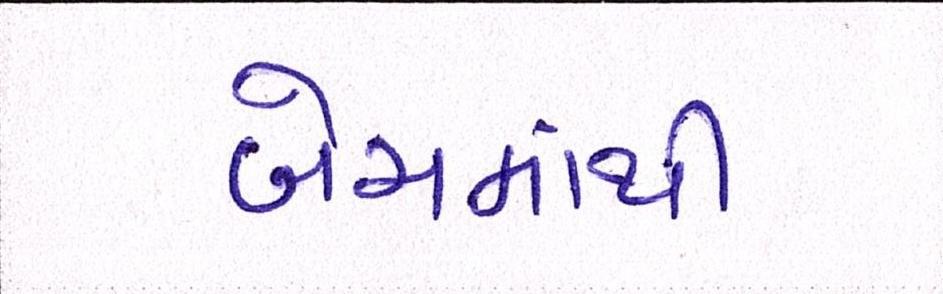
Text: બેચમાંથી